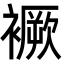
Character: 䙠